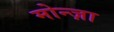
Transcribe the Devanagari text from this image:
मोन्ज़ा